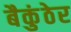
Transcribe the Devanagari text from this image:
बैकुंठेर